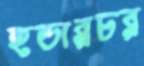
হডারচর